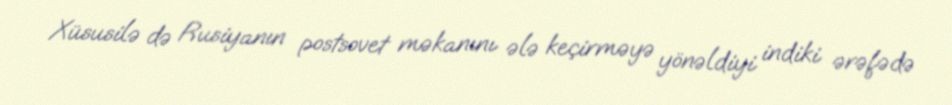
Xüsusilə də Rusiyanın postsovet məkanını ələ keçirməyə yönəldiyi indiki ərəfədə